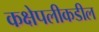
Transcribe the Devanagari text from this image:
कक्षेपलीकडील